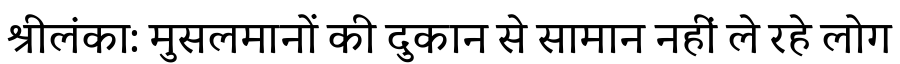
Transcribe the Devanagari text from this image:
श्रीलंका: मुसलमानों की दुकान से सामान नहीं ले रहे लोग